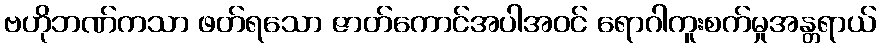
ဗဟိုဘဏ်ကသာ ဖတ်ရသော ဇာတ်ကောင်အပါအဝင် ရောဂါကူးစက်မှုအန္တရာယ်